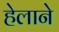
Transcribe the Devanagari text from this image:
हेलाने